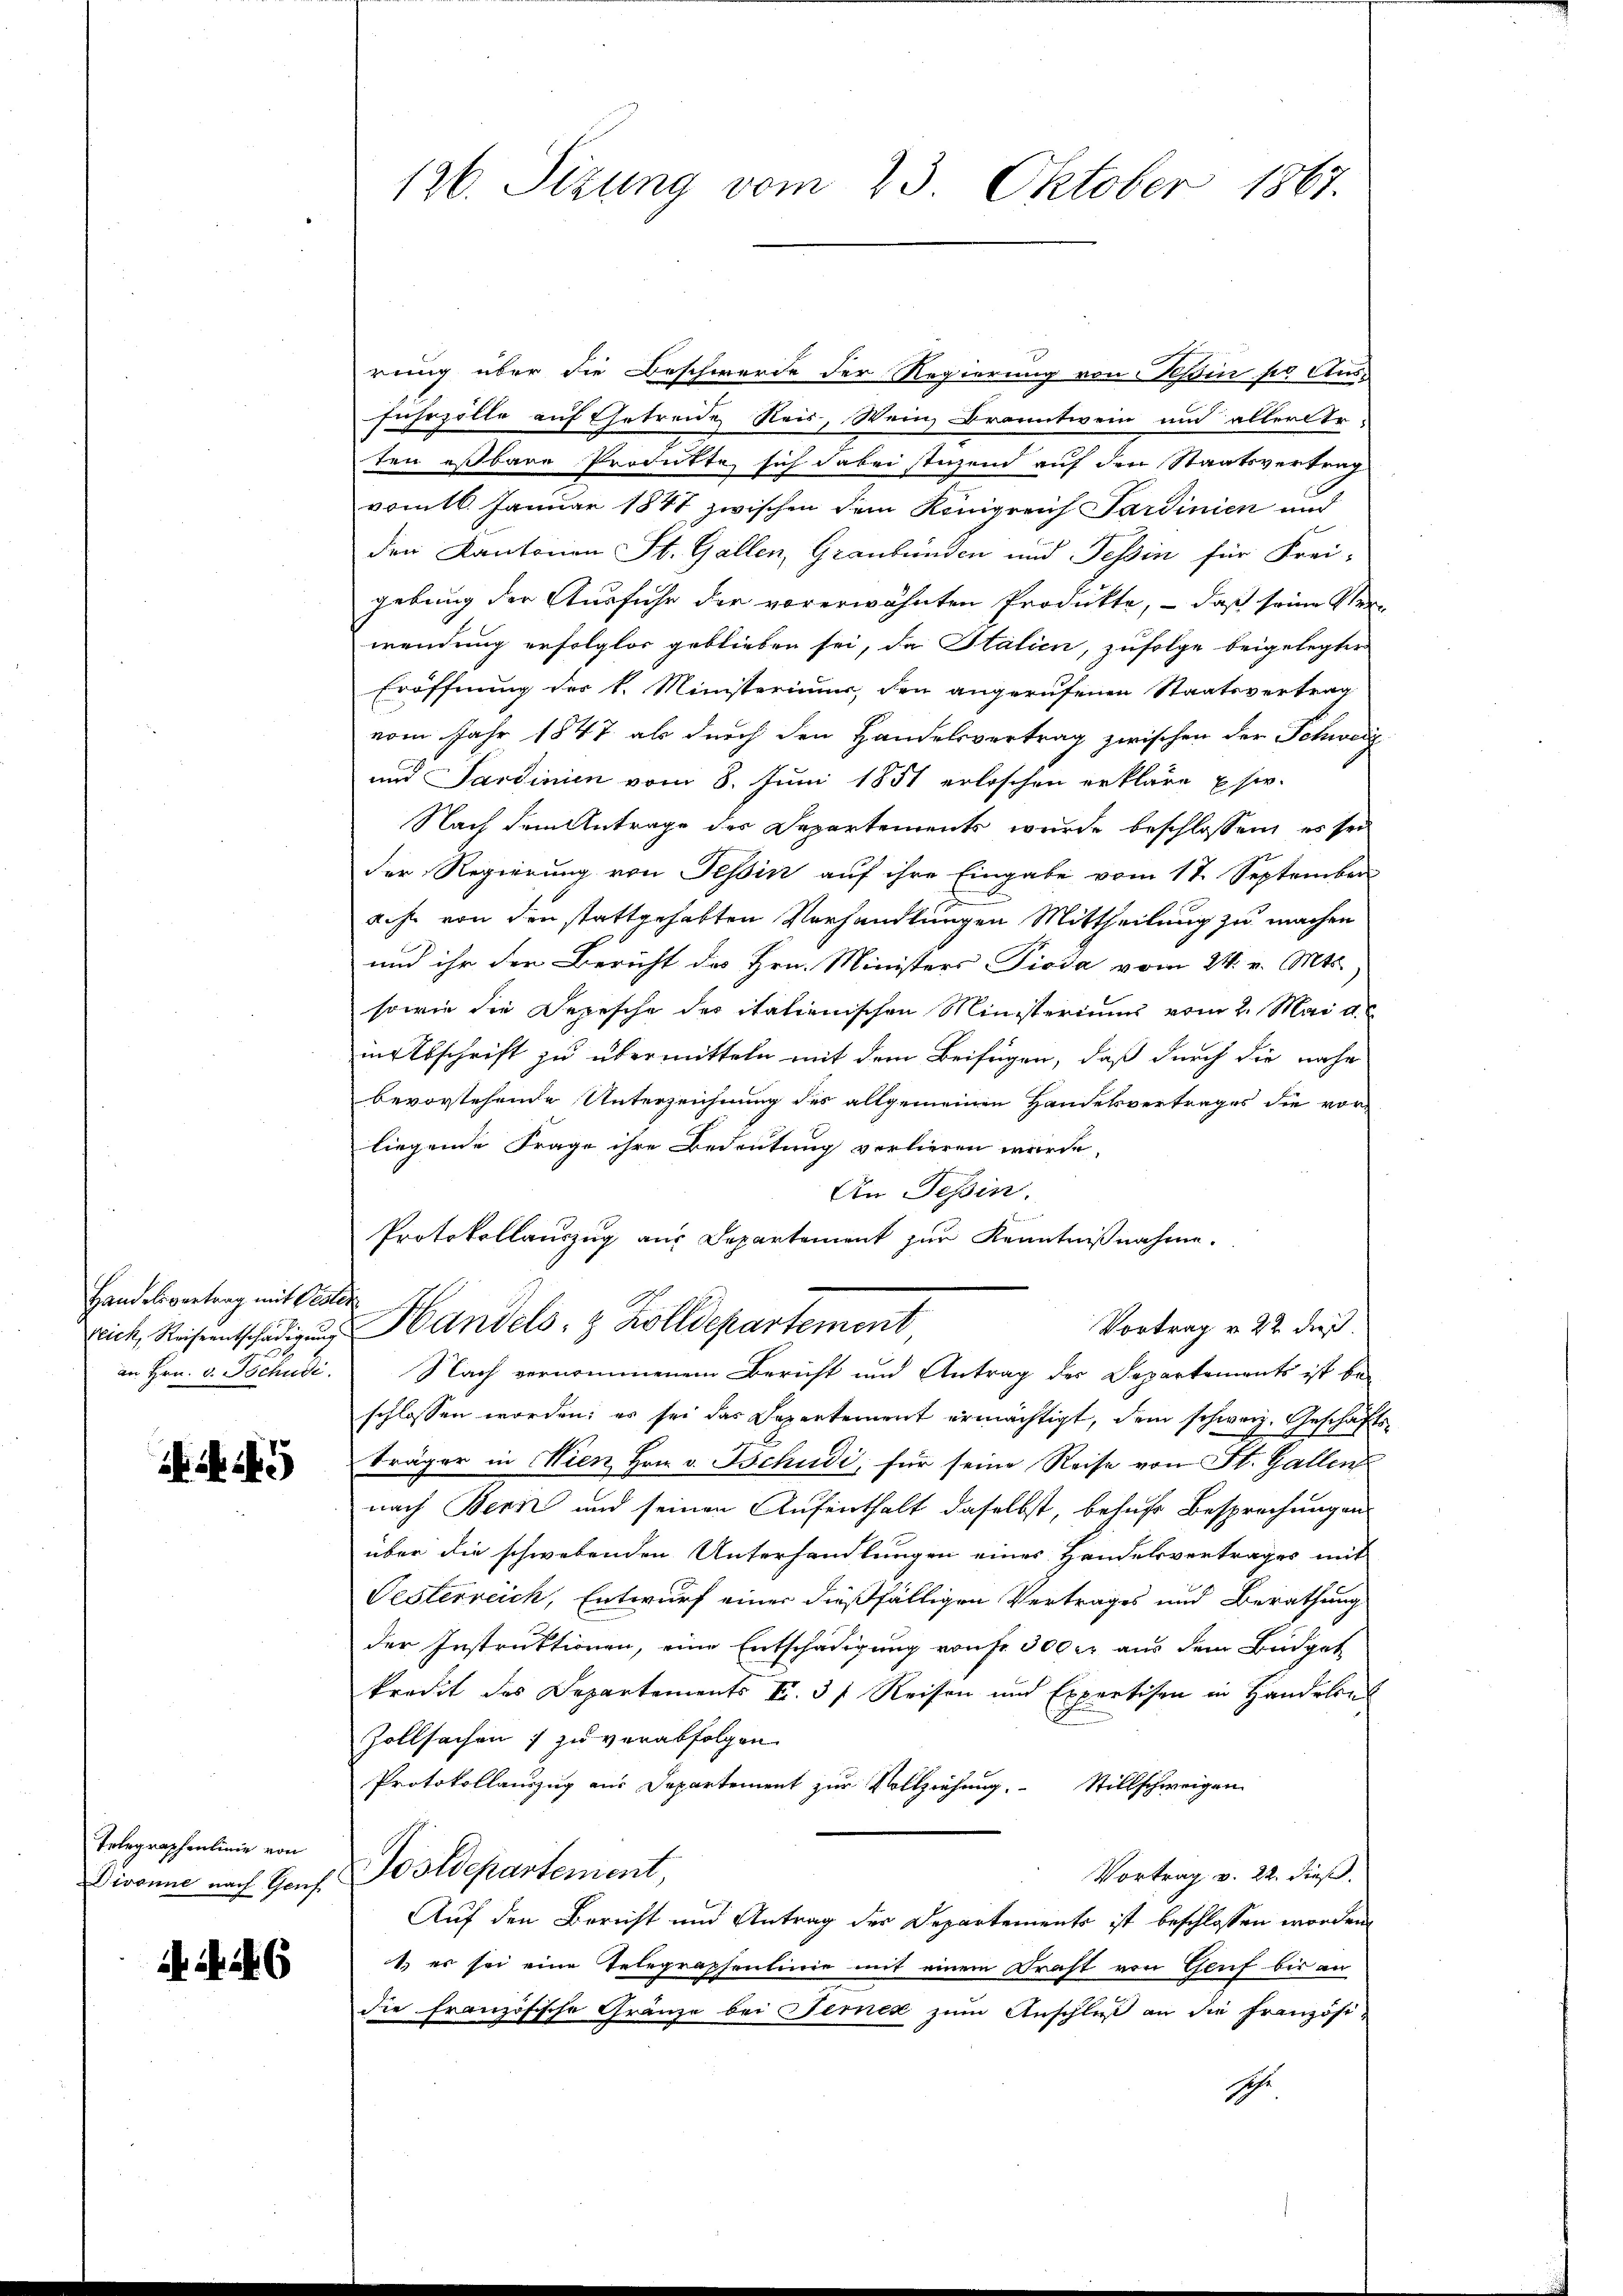
Handelsvertrag mit Peten
an Hrn. v. Tschudi

45

Telegraphenlinie von

46

126. Sitzung vom 23. Oktober 1867.

erung über die Beschwerde der Regierung von Khin sei Ausfuhrzölle auf Getreide Reis, Wein, Branntwein und aller Arten eßbare Produkte, sich dabei stehend auf den Staatsvertrag
vom 16. Januar 1847 zwischen dem Königreich Sardinien und
den Kantonen St. Gallen, Graubünden und Tessin für Frei-
gebung der Ausfuhr der vorerwähnten Produkte, – daß seine Ver-
wendung erfolglos geblieben sei, da Italien, zufolge beigelegter
Eröffnung des k. Ministeriuum, den angerufenen Staatsvertrag
vom Jahr 1847 als durch den Handelsvertrag zwischen der Schweiz
und Sardinien vom 8. Juni 1851 erloschen erkläre sie
Nach dem Antrage des Departements wurde beschlossen, es sei
der Regierung von Tessin auf ihre Eingabe vom 17. September
aehr von den stattgehabten Verhandlungen Mittheilung zu machen
und ihr den Bericht des Hrn. Ministers Pioda vom 24. v. Mts.
sowie die Depesche des italienischen Ministeriums vom 2. Mai d.
inabschrift zu übermitteln mit dem Beifügen, daß durch die nahe
bevorstehende Unterzeichnung des allgemeinen Handelsvertrages die vorliegende Frage ihre Bedeutung vorlieren wurde,
An Tessin.
Protokollauszug aus Departement zur Kenntnißnahme.
Vortrag v. 22 dieß.
eiche Handels 8 Zolldepartement
Nach vernommenem Bericht und Antrag des Departements ist be-
schlossen worden; es sei das Departement ermächtigt, dem schweiz. Geschäfts
Träger in Nien Hrn. v. Schudi, für seine Reise von St. Gallen
nach Bern und seinen Aufenthalt daselbst, behufs Besprechungen
über die schwebenden Unterhandlungen eines Handelsvertrages mit
Festerreich, Entwurf einer dießfälligen Vertrages und Berathung
der Instruktionen, eine Entschädigung von Fr. 300 er aus dem Budget
kredit des Departements II. 3 f Reisen und Expertisen in Handelns
Zollsachen  zu verabfolgen.
Protokollauszug aus Departement zur Vollziehung. Stillschweigen
Vortrag v. 22. dieß.
Divanne nach Genf Postdepartement,
Auf den Bericht und Antrag der Departements ist beschlossen worden
1. er sei eine Telegraphenlinie mit einem Kraft von Genf bis an
die französische Gränze bei Ferner zum Anschluß an die Französi-
Sche